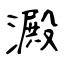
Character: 澱